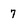
Character: 7